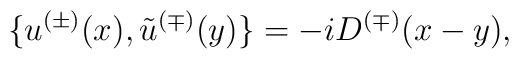
\{u^{(\pm)}(x),\tilde{u}^{(\mp)}(y)\}=-iD^{(\mp)}(x-y),